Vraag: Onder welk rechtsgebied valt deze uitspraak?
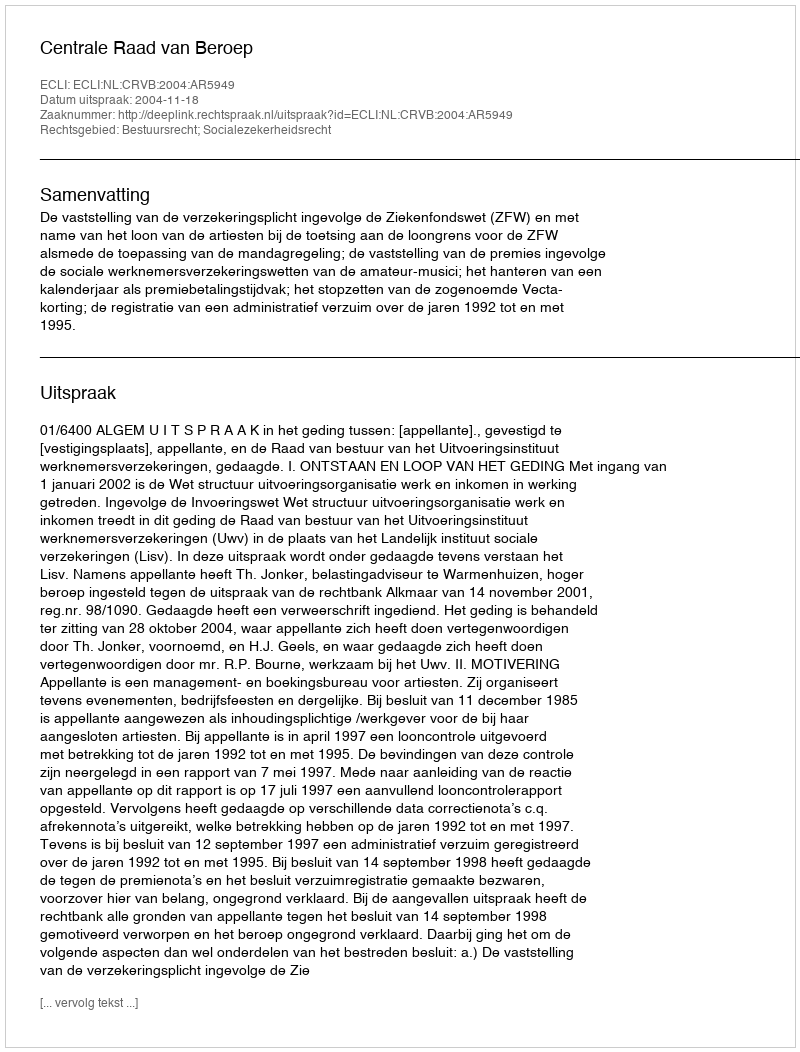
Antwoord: Bestuursrecht; Socialezekerheidsrecht